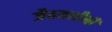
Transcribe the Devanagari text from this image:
जैवमशीनी